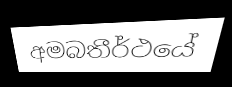
අමබතීර්ථයේ